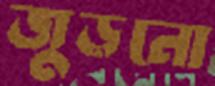
জুড়নো